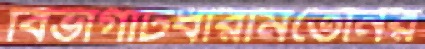
বিভাগটিধারামতেনির